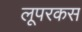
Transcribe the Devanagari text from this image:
लूपरकस